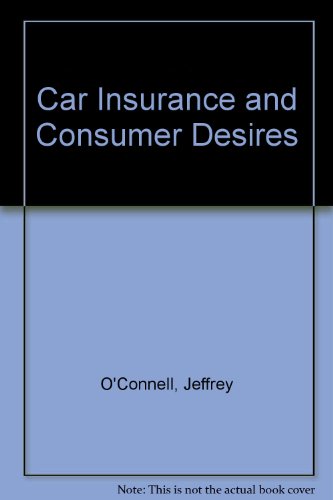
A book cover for CAR INSURANCE/CONSUMER; Jeffrey O'Connell; Engineering & Transportation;